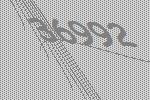
36992